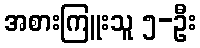
အစားကြူးသူ ၅-ဦး